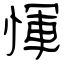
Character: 惲